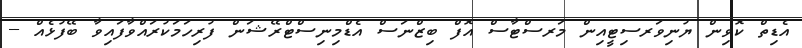
އެޑިތް ކޮވިން ޔުނިވަރސިޓީއިން މަރސްޓާސް އޮފް ބިޒްނަސް އެޑްމިނިސްޓްރޭޝަން ފުރިހަމަކުރައްވާފައިވާ ބޭފުޅެއް --